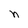
Character: n